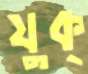
যুক্